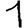
Digit: 1